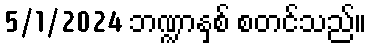
5/1/2024 ဘဏ္ဍာနှစ် စတင်သည်။